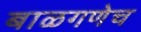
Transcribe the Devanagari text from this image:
बाळगणेच